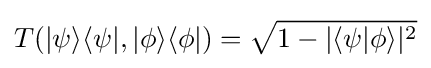
T(|\psi \rangle \langle \psi |,|\phi \rangle \langle \phi |)={\sqrt {1-|\langle \psi |\phi \rangle |^{2}}}